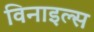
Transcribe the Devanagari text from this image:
विनाइल्स